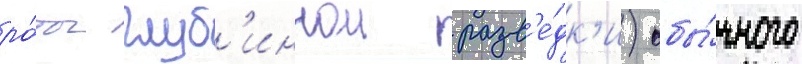
ро́ты глуб'иннои разв'е́дк'и) обы́чного